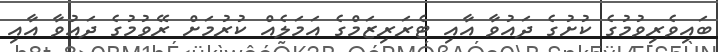
ބައިވެރިވުމުގެ ކުށުގެ ދައުވާ އާއި ޓެރަރިޒަމްގެ އަމަލެއް ކުރުމަށް ރޭވުމުގެ ދައުވާ އާއި